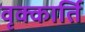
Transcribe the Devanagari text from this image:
वृक्कार्ति